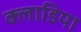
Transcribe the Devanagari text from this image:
क्लाडिया